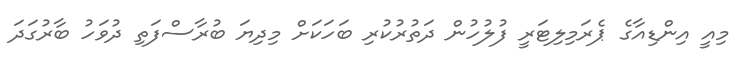
މިއީ އިންޑިއާގެ ޕެރަމިލިޓަރީ ފުލުހުން ދަތުރުކުރި ބަހަކަށް މިދިޔަ ބުރާސްފަތި ދުވަހު ބާރުގަދަ